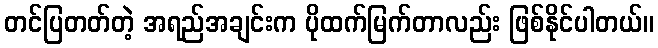
တင်ပြတတ်တဲ့ အရည်အချင်းက ပိုထက်မြက်တာလည်း ဖြစ်နိုင်ပါတယ်။